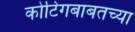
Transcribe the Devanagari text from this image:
कोटिंगबाबतच्या